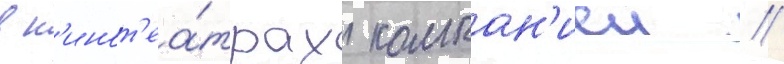
в к'инот'еа́трах компан'иеи /